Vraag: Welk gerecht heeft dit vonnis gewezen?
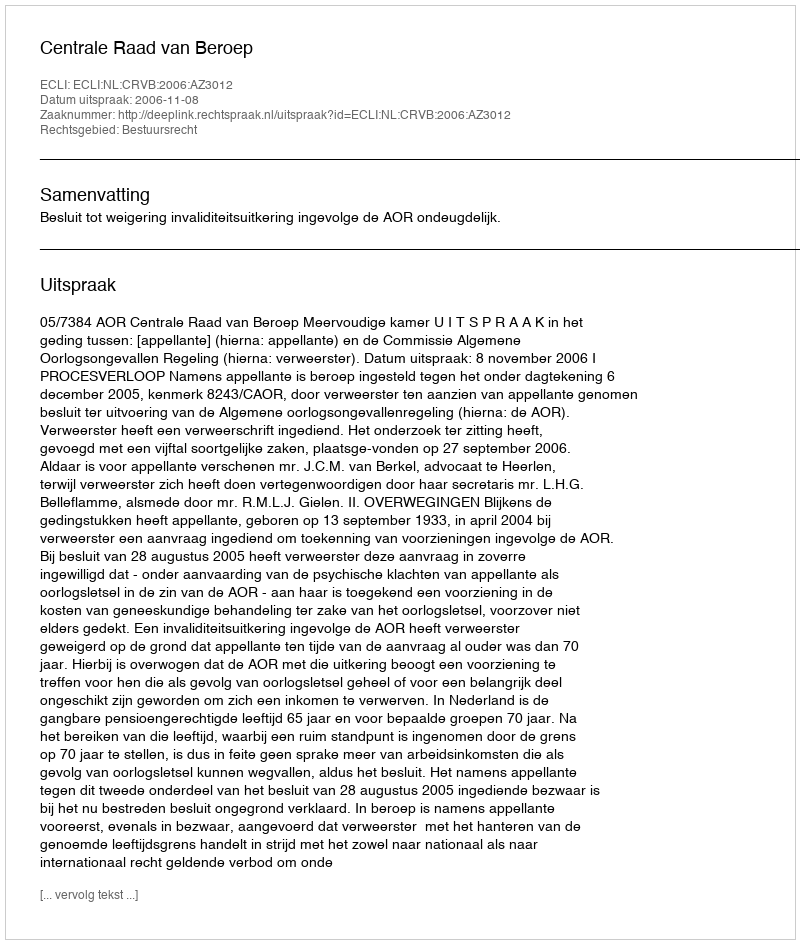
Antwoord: Centrale Raad van Beroep